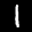
Label: 1